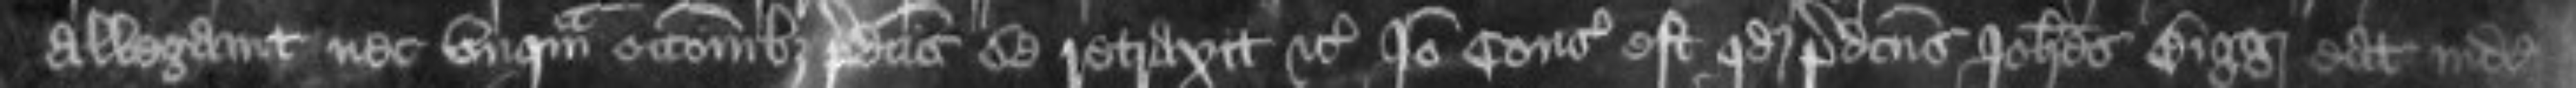
allegavit nec unquam occasionibus predictis se retraxit etc Ideo consideratum est quod predictus Johannes Bigg eat inde